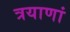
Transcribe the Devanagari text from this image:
त्रयाणां